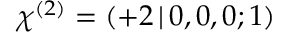
\chi ^ { ( 2 ) } = ( + 2 \, | \, 0 , 0 , 0 ; 1 )